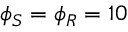
\phi _ { S } = \phi _ { R } = 1 0